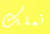
نملك